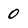
Character: O